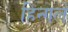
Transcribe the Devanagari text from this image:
हिन्गले